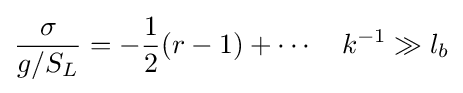
{\frac {\sigma }{g/S_{L}}}=-{\frac {1}{2}}(r-1)+\cdots \quad k^{-1}\gg l_{b}